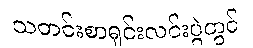
သတင်းစာရှင်းလင်းပွဲတွင်